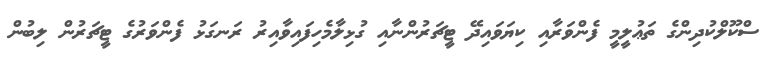
ސްކޫލްކުދިންގެ ތަޢުލީމީ ފެންވަރާއި ކިޔަވައިދޭ ޓީޗަރުންނާއި ގުޅިލާމެހިފައިވާއިރު ރަނގަޅު ފެންވަރުގެ ޓީޗަރުން ލިބުން